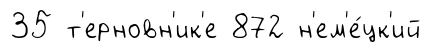
35 т'ерновн'ик'е 872 н'ем'е́цк'ий